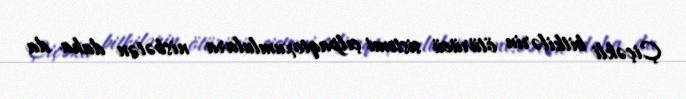
Çiçəkli bitkilərin ötürücü sistemi çılpaqtoxumlulara nisbətən daha da